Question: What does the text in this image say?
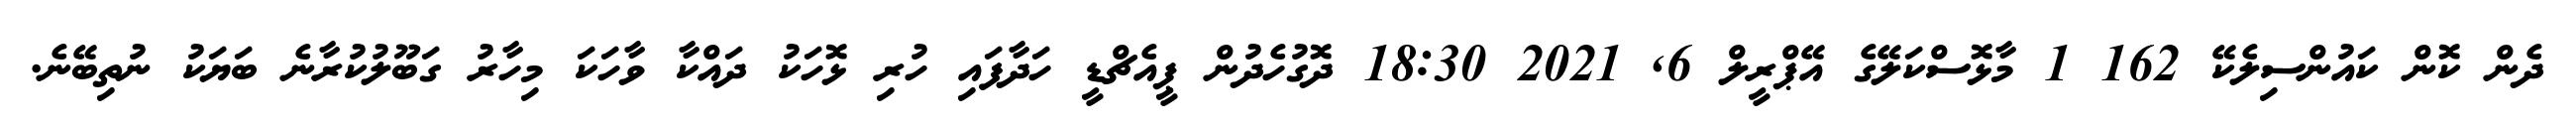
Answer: ދެން ކޮން ކައުންސިލެކޭ 162 1 މާޅޮސްކަލޭގެ އޭޕްރީލް 6, 2021 18:30 ދޮގުހެދުން ޕީއެޗްޑީ ހަދާފައި ހުރި ޅޮހަކު ދައްކާ ވާހަކަ މިހާރު ގަބޫލުކުރާނެ ބަޔަކު ނުތިބޭނެ.